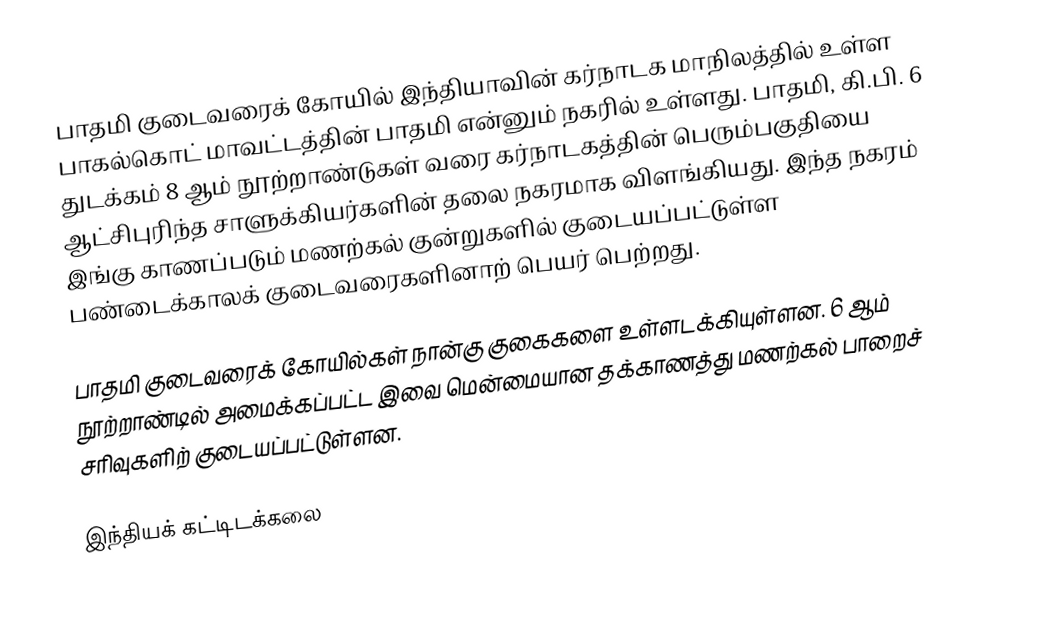
பாதமி குடைவரைக் கோயில் இந்தியாவின் கர்நாடக மாநிலத்தில் உள்ள பாகல்கொட் மாவட்டத்தின் பாதமி என்னும் நகரில் உள்ளது. பாதமி, கி.பி. 6 துடக்கம் 8 ஆம் நூற்றாண்டுகள் வரை கர்நாடகத்தின் பெரும்பகுதியை ஆட்சிபுரிந்த சாளுக்கியர்களின் தலை நகரமாக விளங்கியது. இந்த நகரம் இங்கு காணப்படும் மணற்கல் குன்றுகளில் குடையப்பட்டுள்ள பண்டைக்காலக் குடைவரைகளினாற் பெயர் பெற்றது.

பாதமி குடைவரைக் கோயில்கள் நான்கு குகைகளை உள்ளடக்கியுள்ளன. 6 ஆம் நூற்றாண்டில் அமைக்கப்பட்ட இவை மென்மையான தக்காணத்து மணற்கல் பாறைச் சரிவுகளிற் குடையப்பட்டுள்ளன.

இந்தியக் கட்டிடக்கலை